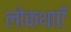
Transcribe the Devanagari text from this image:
लोकथाएँ